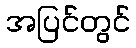
အပြင်တွင်